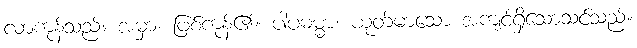
လာကုန်သည်။ အမှာ၊ ဖြစ်ကုန်၏။ ပါပဓမ္မာ၊ ယုတ်မာသော အကျင့်ရှိသောသင်သည်။